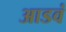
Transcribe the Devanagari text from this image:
आडवं